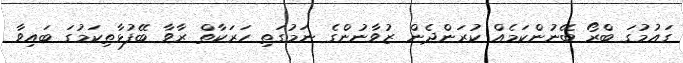
ގައުމުގަ ބްރޯ ބޭނުންކަމެއް ކުރަންދެން ޒުވާނުންގެ ނަމުގަތި ހަރަކާތް ރާވާ ބޭފުޅާތިކަމުގަ ބައިވާ